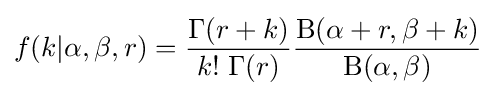
f(k|\alpha ,\beta ,r)={\frac {\Gamma (r+k)}{k!\;\Gamma (r)}}{\frac {\mathrm {B} (\alpha +r,\beta +k)}{\mathrm {B} (\alpha ,\beta )}}